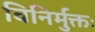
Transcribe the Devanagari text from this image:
विनिर्मुक्तः